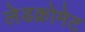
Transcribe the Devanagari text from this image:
लेडक्रोमेट